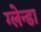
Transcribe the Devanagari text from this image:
ग्लेन्डा